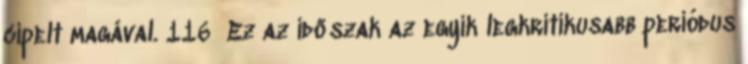
cipelt magával. 116 Ez az időszak az egyik legkritikusabb periódus